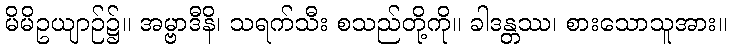
မိမိဥယျာဉ်၌။ အမ္ဗာဒီနိ၊ သရက်သီး စသည်တို့ကို။ ခါဒန္တဿ၊ စားသောသူအား။